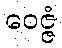
ဝေဇ္ဇံ